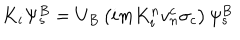
LaTeX: K _ { i } \Psi _ { s } ^ { B } = U _ { B } \left( i m K _ { i } ^ { n } v _ { n } ^ { c } \sigma _ { c } \right) \psi _ { s } ^ { B }